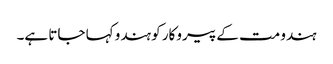
ہندو مت کے پیروکار کو ہندو کہا جاتا ہے۔